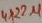
Text: 4x22µ